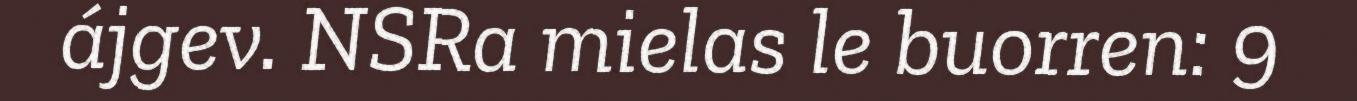
ájgev. NSRa mielas le buorren: 9